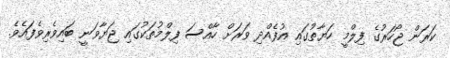
ކަރަން ޖޯހަރުގެ ފިލްމީ ހަޔާތުގައި އުފެއްދި ވަރަށް ހާއްސަ ފިލްމުތަކުގައި ޖަޔާވަނީ ބައިވެރިވެފައެވެ.